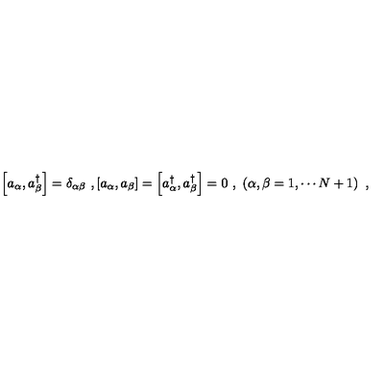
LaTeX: \left[ a _ { \alpha } , a _ { \beta } ^ { \dagger } \right] = \delta _ { \alpha \beta } \ , \left[ a _ { \alpha } , a _ { \beta } \right] = \left[ a _ { \alpha } ^ { \dagger } , a _ { \beta } ^ { \dagger } \right] = 0 \ , \ \left( \alpha , \beta = 1 , \cdots N + 1 \right) \ ,